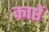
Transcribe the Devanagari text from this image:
काष्ठें